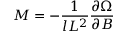
M = - \frac { 1 } { l L ^ { 2 } } \frac { \partial \Omega } { \partial B }